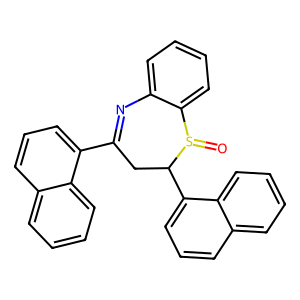
SMILES: O=S1c2ccccc2N=C(c2cccc3ccccc23)CC1c1cccc2ccccc12
Inhibits HIV replication: No